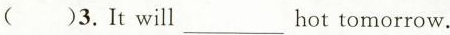
( )3.It will___hot tomorrow.